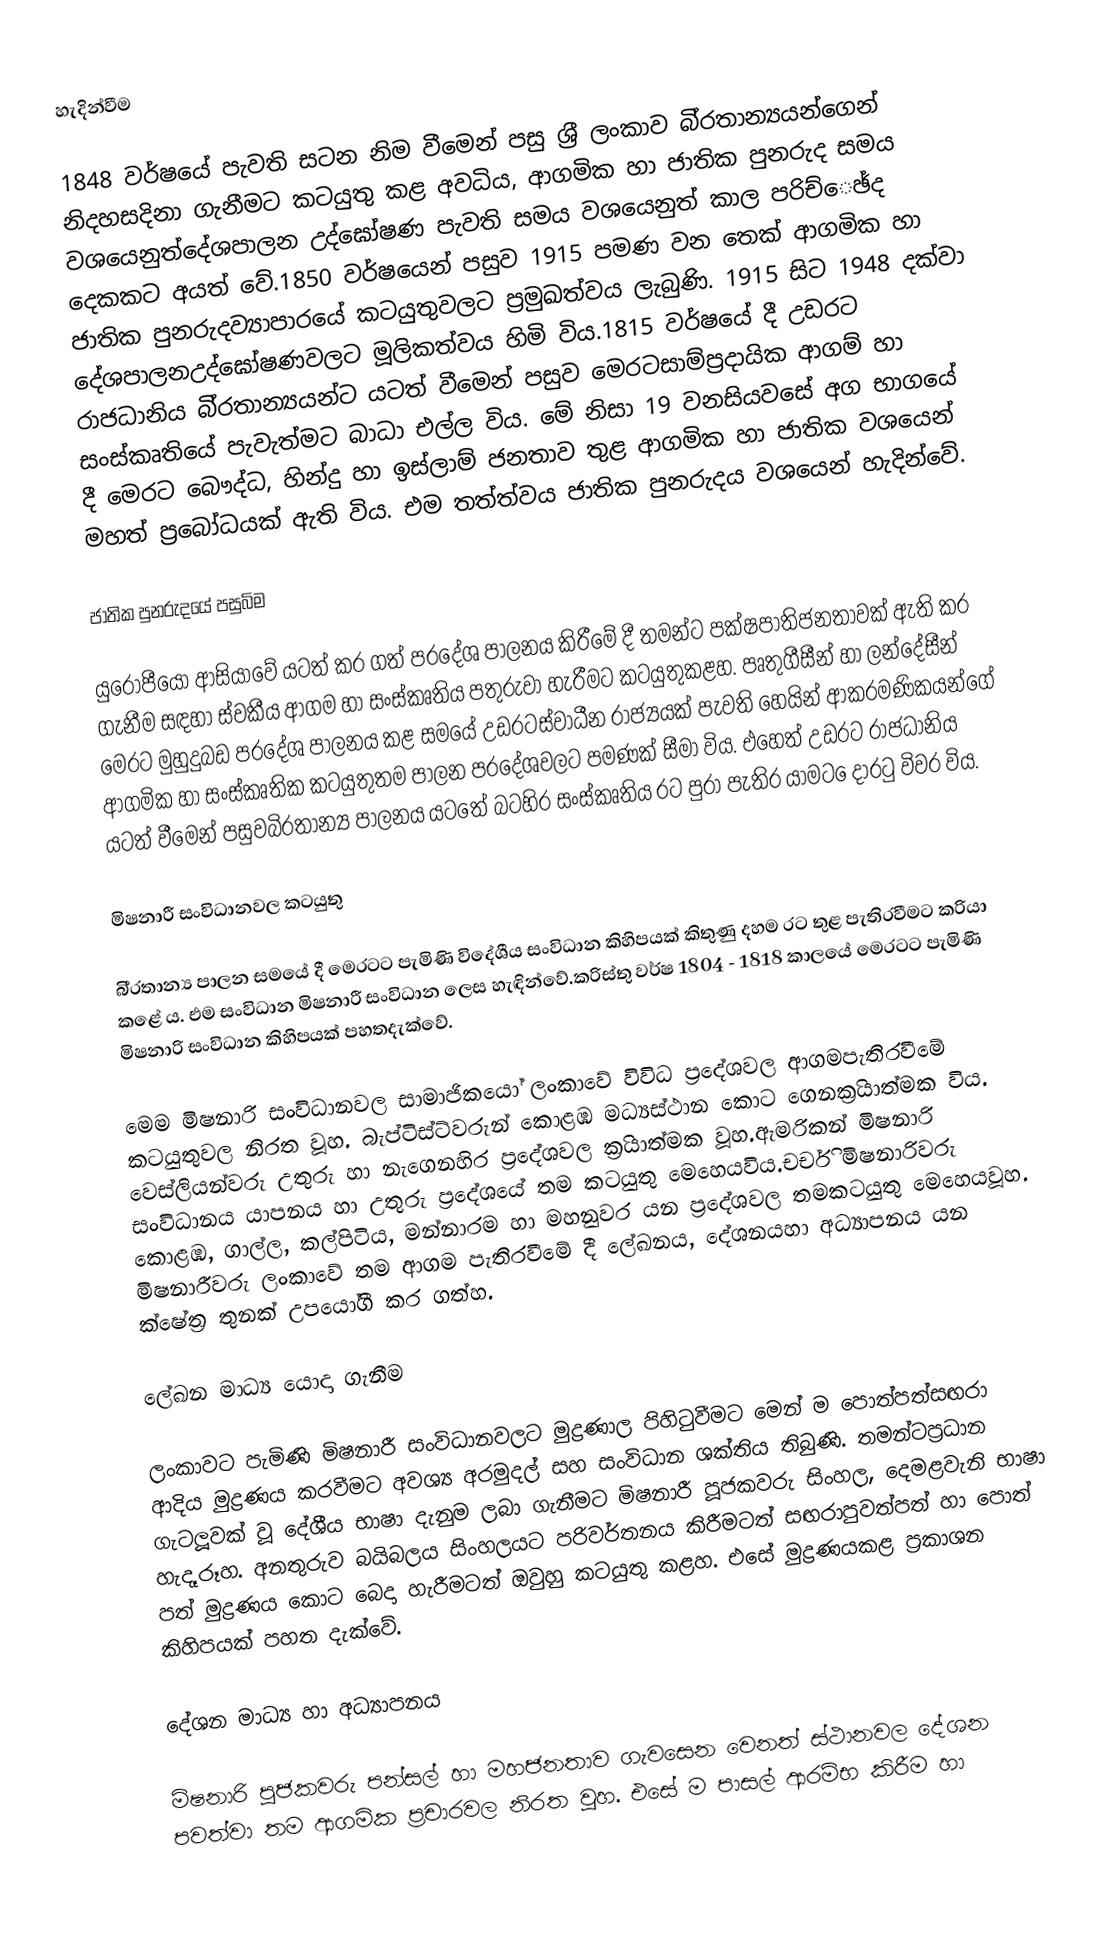
හැදින්වීම

1848 වර්ෂයේ පැවති සටන නිම වීමෙන් පසු ශ‍්‍රී ලංකාව බි‍්‍රතාන්‍යයන්ගෙන් නිදහසදිනා ගැනීමට කටයුතු කළ අවධිය, ආගමික හා ජාතික පුනරුද සමය වශයෙනුත්දේශපාලන උද්ඝෝෂණ පැවති සමය වශයෙනුත් කාල පරිච්ෙඡ්ද දෙකකට අයත් වේ.1850 වර්ෂයෙන් පසුව 1915 පමණ වන තෙක් ආගමික හා ජාතික පුනරුදව්‍යාපාරයේ කටයුතුවලට ප‍්‍රමුඛත්වය ලැබුණි. 1915 සිට 1948 දක්වා දේශපාලනඋද්ඝෝෂණවලට මූලිකත්වය හිමි විය.1815 වර්ෂයේ දී උඩරට රාජධානිය බි‍්‍රතාන්‍යයන්ට යටත් වීමෙන් පසුව මෙරටසාම්ප‍්‍රදායික ආගම් හා සංස්කෘතියේ පැවැත්මට බාධා එල්ල විය. මේ නිසා 19 වනසියවසේ අග භාගයේ දී මෙරට බෞද්ධ, හින්දු හා ඉස්ලාම් ජනතාව තුළ ආගමික හා ජාතික වශයෙන් මහත් ප‍්‍රබෝධයක් ඇති විය. එම තත්ත්වය ජාතික පුනරුදය වශයෙන් හැදින්වේ.

ජාතික පුනරුදයේ පසුබිම

යුරෝපීයෝ ආසියාවේ යටත් කර ගත් ප‍්‍රදේශ පාලනය කිරීමේ දී තමන්ට පක්ෂපාතිජනතාවක් ඇති කර ගැනීම සඳහා ස්වකීය ආගම හා සංස්කෘතිය පතුරුවා හැරීමට කටයුතුකළහ. පෘතුගීසීන් හා ලන්දේසීන් මෙරට මුහුදුබඩ ප‍්‍රදේශ පාලනය කළ සමයේ උඩරටස්වාධීන රාජ්‍යයක් පැවති හෙයින් ආක‍්‍රමණිකයන්ගේ ආගමික හා සංස්කෘතික කටයුතුතම පාලන ප‍්‍රදේශවලට පමණක් සීමා විය. එහෙත් උඩරට රාජධානිය යටත් වීමෙන් පසුවබි‍්‍රතාන්‍ය පාලනය යටතේ බටහිර සංස්කෘතිය රට පුරා පැතිර යාමට ෙදාරටු විවර විය.

මිෂනාරී සංවිධානවල කටයුතු

බි‍්‍රතාන්‍ය පාලන සමයේ දී මෙරටට පැමිණි විදේශීය සංවිධාන කිහිපයක් කිතුණු දහම රට තුළ පැතිරවීමට ක‍්‍රියා කළේ ය. එම සංවිධාන මිෂනාරී සංවිධාන ලෙස හැඳින්වේ.ක‍්‍රිස්තු වර්ෂ 1804  - 1818 කාලයේ මෙරටට පැමිණි මිෂනාරි සංවිධාන කිහිපයක් පහතදැක්වේ.

මෙම මිෂනාරි සංවිධානවල සාමාජිකයෝ ලංකාවේ විවිධ ප‍්‍රදේශවල ආගමපැතිරවීමේ කටයුතුවල නිරත වූහ. බැප්ටිස්ට්වරුන් කොළඹ මධ්‍යස්ථාන කොට ගෙනක‍්‍රියාත්මක විය. වෙස්ලියන්වරු උතුරු හා නැගෙනහිර ප‍්‍රදේශවල ක‍්‍රියාත්මක වූහ.ඇමරිකන් මිෂනාරි සංවිධානය යාපනය හා උතුරු ප‍්‍රදේශයේ තම කටයුතු මෙහෙයවිය.චර්චි මිෂනාරිවරු කොළඹ, ගාල්ල, කල්පිටිය, මන්නාරම හා මහනුවර යන ප‍්‍රදේශවල තමකටයුතු මෙහෙයවූහ. මිෂනාරීවරු ලංකාවේ තම ආගම පැතිරවීමේ දී ලේඛනය, දේශනයහා අධ්‍යාපනය යන ක්ෂේත‍්‍ර තුනක් උපයෝගී කර ගත්හ.

ලේඛන මාධ්‍ය යොදා ගැනීම

ලංකාවට පැමිණි මිෂනාරී සංවිධානවලට මුද්‍රණාල පිහිටුවීමට මෙන් ම පොත්පත්සඟරා ආදිය මුද්‍රණය කරවීමට අවශ්‍ය අරමුදල් සහ සංවිධාන ශක්තිය තිබුණි. තමන්ටප‍්‍රධාන ගැටලූවක් වූ දේශීය භාෂා දැනුම ලබා ගැනීමට මිෂනාරී පූජකවරු සිංහල, දෙමළවැනි භාෂා හැදෑරූහ. අනතුරුව බයිබලය සිංහලයට පරිවර්තනය කිරීමටත් සඟරාපුවත්පත් හා පොත් පත් මුද්‍රණය කොට බෙදා හැරීමටත් ඔවුහු කටයුතු කළහ. එසේ මුද්‍රණයකළ ප‍්‍රකාශන කිහිපයක් පහත දැක්වේ.

දේශන මාධ්‍ය හා අධ්‍යාපනය

මිෂනාරි පූජකවරු පන්සල් හා මහජනතාව ගැවසෙන වෙනත් ස්ථානවල දේශන පවත්වා තම ආගමික ප‍්‍රචාරවල නිරත වූහ. එසේ ම පාසල් ආරම්භ කිරීම හා